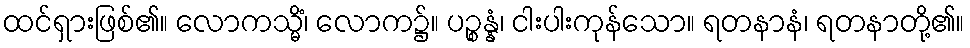
ထင်ရှားဖြစ်၏။ လောကသ္မိံ၊ လောက၌။ ပဉ္စန္နံ၊ ငါးပါးကုန်သော။ ရတနာနံ၊ ရတနာတို့၏။